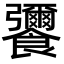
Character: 𮩚